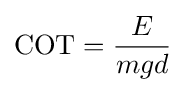
\mathrm {COT} ={\frac {E}{mgd}}